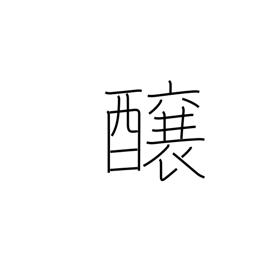
Meaning: brew